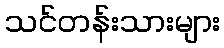
သင်တန်းသားများ